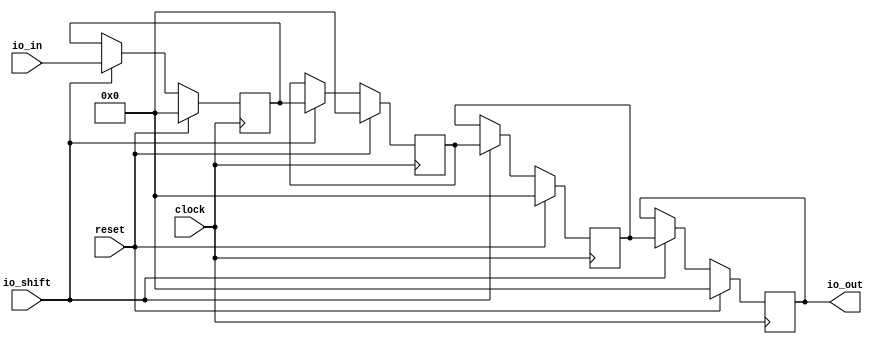
module EnableShiftRegister(
  input        clock,
  input        reset,
  input  [3:0] io_in,
  input        io_shift,
  output [3:0] io_out
);
`ifdef RANDOMIZE_REG_INIT
  reg [31:0] _RAND_0;
  reg [31:0] _RAND_1;
  reg [31:0] _RAND_2;
  reg [31:0] _RAND_3;
`endif // RANDOMIZE_REG_INIT
  reg [3:0] r0; // @[EnableShiftRegister.scala 12:15]
  reg [3:0] r1; // @[EnableShiftRegister.scala 13:15]
  reg [3:0] r2; // @[EnableShiftRegister.scala 14:15]
  reg [3:0] r3; // @[EnableShiftRegister.scala 15:15]
  assign io_out = r3; // @[EnableShiftRegister.scala 27:10]
`ifdef RANDOMIZE_GARBAGE_ASSIGN
`define RANDOMIZE
`endif
`ifdef RANDOMIZE_INVALID_ASSIGN
`define RANDOMIZE
`endif
`ifdef RANDOMIZE_REG_INIT
`define RANDOMIZE
`endif
`ifdef RANDOMIZE_MEM_INIT
`define RANDOMIZE
`endif
`ifndef RANDOM
`define RANDOM $random
`endif
`ifdef RANDOMIZE_MEM_INIT
  integer initvar;
`endif
`ifndef SYNTHESIS
`ifdef FIRRTL_BEFORE_INITIAL
`FIRRTL_BEFORE_INITIAL
`endif
initial begin
  `ifdef RANDOMIZE
    `ifdef INIT_RANDOM
      `INIT_RANDOM
    `endif
    `ifndef VERILATOR
      `ifdef RANDOMIZE_DELAY
        #`RANDOMIZE_DELAY begin end
      `else
        #0.002 begin end
      `endif
    `endif
`ifdef RANDOMIZE_REG_INIT
  _RAND_0 = {1{`RANDOM}};
  r0 = _RAND_0[3:0];
  _RAND_1 = {1{`RANDOM}};
  r1 = _RAND_1[3:0];
  _RAND_2 = {1{`RANDOM}};
  r2 = _RAND_2[3:0];
  _RAND_3 = {1{`RANDOM}};
  r3 = _RAND_3[3:0];
`endif // RANDOMIZE_REG_INIT
  `endif // RANDOMIZE
end // initial
`ifdef FIRRTL_AFTER_INITIAL
`FIRRTL_AFTER_INITIAL
`endif
`endif // SYNTHESIS
  always @(posedge clock) begin
    if (reset) begin
      r0 <= 4'h0;
    end else if (io_shift) begin
      r0 <= io_in;
    end
    if (reset) begin
      r1 <= 4'h0;
    end else if (io_shift) begin
      r1 <= r0;
    end
    if (reset) begin
      r2 <= 4'h0;
    end else if (io_shift) begin
      r2 <= r1;
    end
    if (reset) begin
      r3 <= 4'h0;
    end else if (io_shift) begin
      r3 <= r2;
    end
  end
endmodule